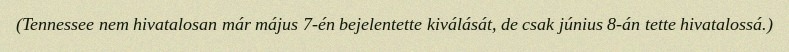
(Tennessee nem hivatalosan már május 7-én bejelentette kiválását, de csak június 8-án tette hivatalossá.)